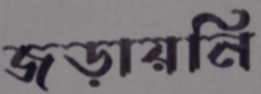
জড়ায়নি